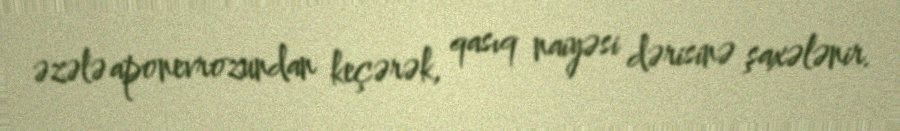
əzələ aponevrozundan keçərək, qasıq naiyəsi dərisinə şaxələnir.